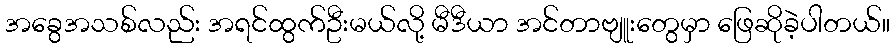
အခွေအသစ်လည်း အရင်ထွက်ဦးမယ်လို့ မီဒီယာ အင်တာဗျူးတွေမှာ ဖြေဆိုခဲ့ပါတယ်။